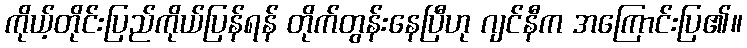
ကိုယ့်တိုင်းပြည်ကိုယ်ပြန်ရန် တိုက်တွန်းနေပြီဟု ဂျင်နီက အကြောင်းပြ၏။